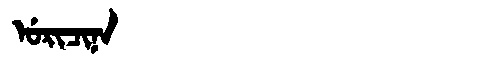
Manchu: ᡠᡵᡳᠴᡳᠨᠠ
Romanization: URICINA